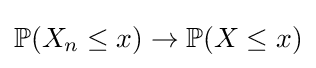
\mathbb {P} (X_{n}\leq x)\to \mathbb {P} (X\leq x)